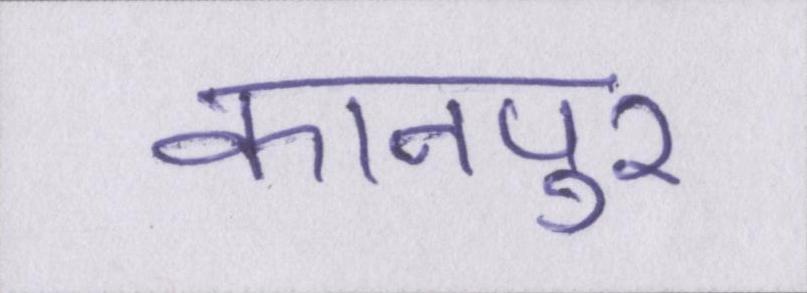
कानपुर